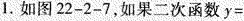
1.如图22-2-7，如果二次函数y=